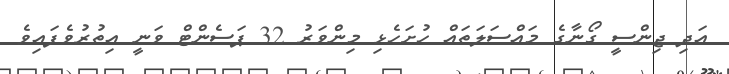
އަދި ޖިންސީ ގޯނާގެ މައްސަލަތައް ހުށަހެޅި މިންވަރު 32 ޕަސެންޓް ވަނީ އިތުރުވެފައިވެ